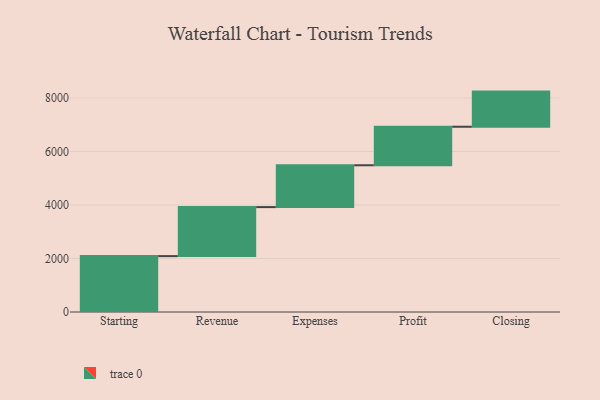
{"axis": {"x": "Step", "y": "Value"}, "legend": [""], "data": [{"x": "Starting", "y": 2088.0, "type": ""}, {"x": "Revenue", "y": 1832.0, "type": ""}, {"x": "Expenses", "y": 1563.0, "type": ""}, {"x": "Profit", "y": 1440.0, "type": ""}, {"x": "Closing", "y": 1313.0, "type": ""}]}